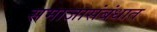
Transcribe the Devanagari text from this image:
समाजासंबंधात